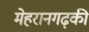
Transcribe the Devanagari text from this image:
मेहरानगढ़की